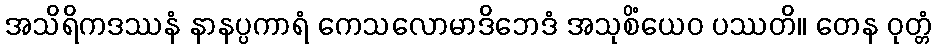
အသိရိကဒဿနံ နာနပ္ပကာရံ ကေသလောမာဒိဘေဒံ အသုစိံယေဝ ပဿတိ။ တေန ဝုတ္တံ